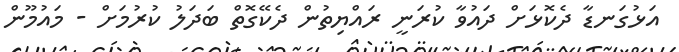
އަޅުގަނޑާ ދެކޮޅަށް ދައުވާ ކުރަނީ ރައްޔިތުން ދެކޭގޮތް ބަދަލު ކުރުމަށް - މައުމޫން